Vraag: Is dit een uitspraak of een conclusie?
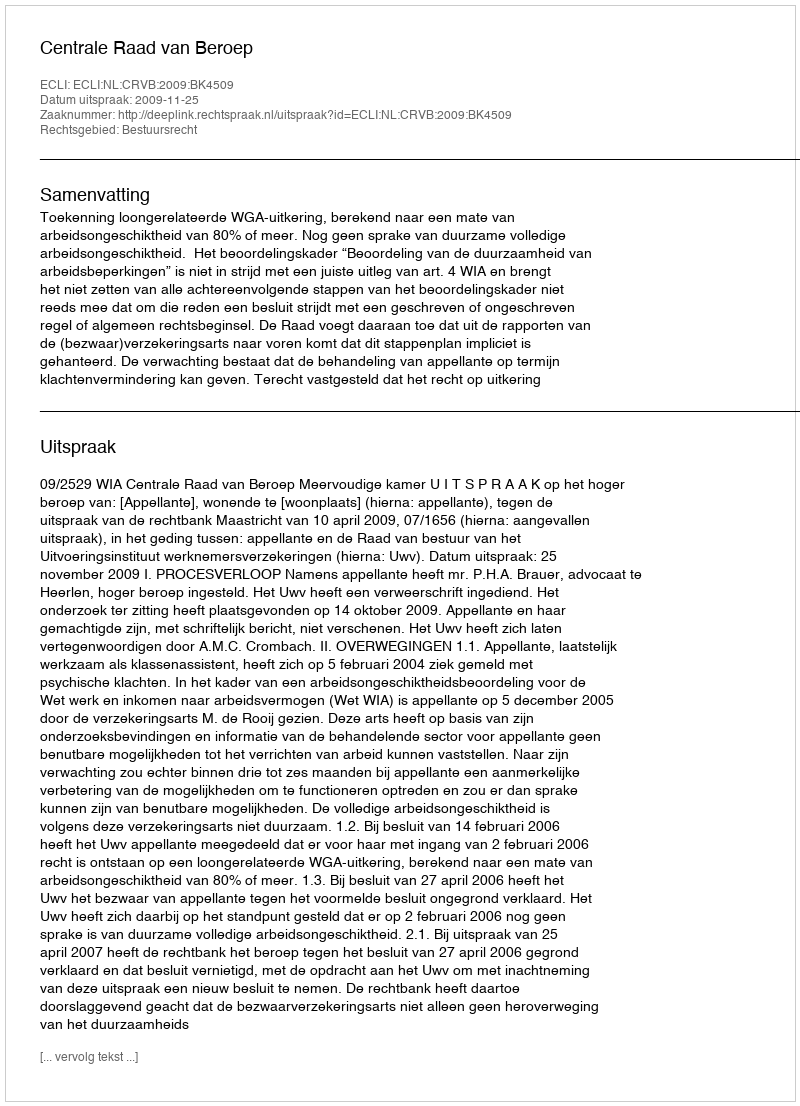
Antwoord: Uitspraak